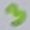
Text: 3